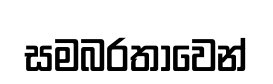
සමබරතාවෙන්